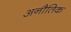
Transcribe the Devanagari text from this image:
अनौतिक